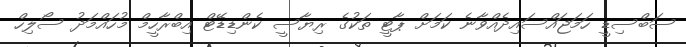
ސަބްސިޑީ ހަމަޖައްސައިދެއްވާނެ ކަމަށް ޕާޓީ ތަކުގެ ރިޔާސީ ކެންޑިޑޭޓް އިބްރާހީމް މުހައްމަދު ސޯލިހް